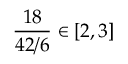
{ \frac { 1 8 } { 4 2 / 6 } } \in [ 2 , 3 ]